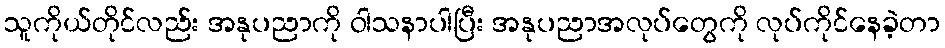
သူကိုယ်တိုင်လည်း အနုပညာကို ဝါသနာပါပြီး အနုပညာအလုပ်တွေကို လုပ်ကိုင်နေခဲ့တာ